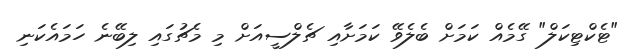
"ޓެކްޓިކަލް" ގޭމެއް ކަމަށް ބެލެވޭ ކަމަށާއި ޗެލްސީއަށް މި މެޗުގައި ލިބޭނެ ހަމައެކަނި